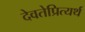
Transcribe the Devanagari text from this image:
देवतेप्रित्यर्थ